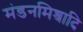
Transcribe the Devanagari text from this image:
मंडनमिश्रादि